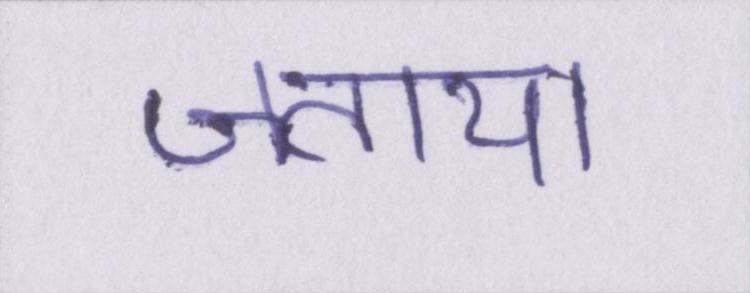
जताया